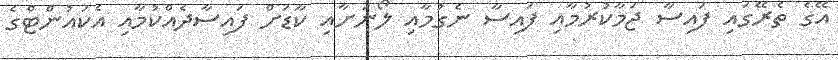
އޭގެ ތެރޭގައި ފައިސާ ޖަމާކުރުމާއި ފައިސާ ނެގުމާއި ލޯނަށާއި ކާޑަށް ފައިސާދެއްކުމާއި އެކައުންޓްގެ